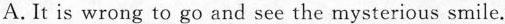
A.It is wrong to go and see the mysterious smile.